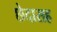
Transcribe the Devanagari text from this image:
छेदासह